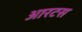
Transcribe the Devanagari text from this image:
आरटस